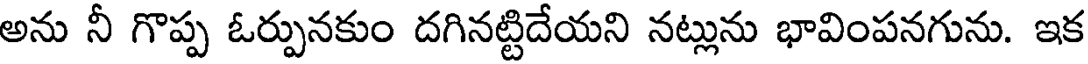
అను నీ గొప్ప ఓర్పునకుం దగినట్టిదేయని నట్లును భావింపనగును. ఇక